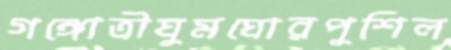
গঙ্গোত্রীঘুমঘোরপুশিল